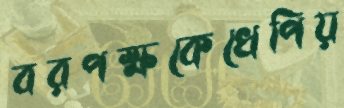
বরপক্ষকেখেপিয়